Civil Veterinary Department. Central Provinces & Berar 1932-41 - 1932-1941
Year: 1932
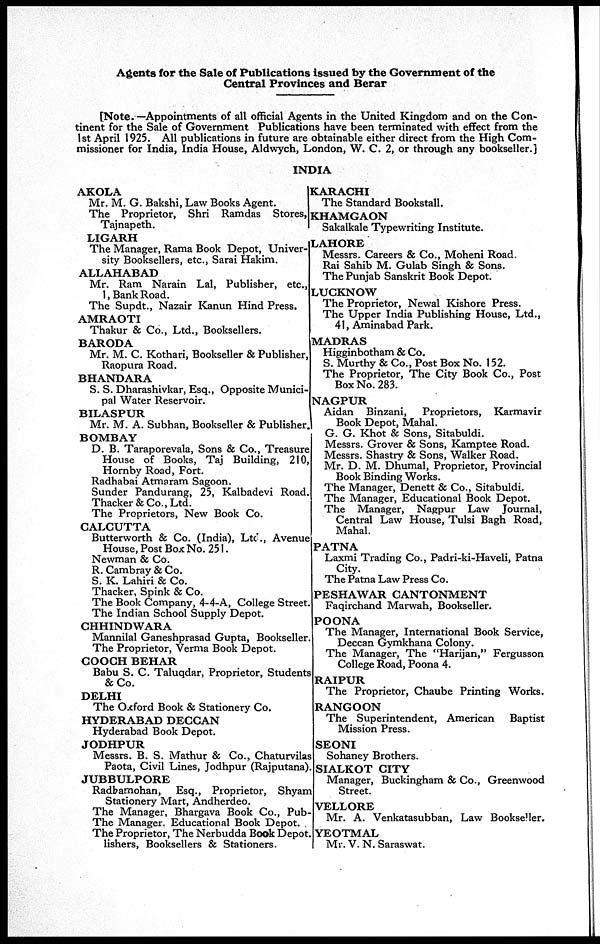
Agents for the Sale of Publications issued by the Government of the
Central Provinces and Berar
[Note.—Appointments of all official Agents in the United Kingdom and on the Con-
tinent for the Sale of Government Publications have been terminated with effect from the
1st April 1925. All publications in future are obtainable either direct from the High Com-
missioner for India, India House, Aldwych, London, W. C. 2, or through any bookseller.]
INDIA
AKOLA
Mr. M. G. Bakshi, Law Books Agent.
The Proprietor, Shri Ramdas Stores,
Tajnapeth.
LIGARH
The Manager, Rama Book Depôt, Univer¬
sity Booksellers, etc., Sarai Hakim.
ALLAHABAD
Mr. Ram Narain Lal, Publisher, etc.
1, Bank Road.
The Supdt., Nazair Kanun Hind Press.
AMRAOTI
Thakur & Co., Ltd., Booksellers.
BARODA
Mr. M. C. Kothari, Bookseller & Publisher,
Raopura Road.
BHANDARA
S. S. Dharashivkar, Esq., Opposite Munici-
pal Water Reservoir.
BILASPUR
Mr. M. A. Subhan, Bookseller & Publisher.
BOMBAY
D. B. Taraporevala, Sons & Co., Treasure
House of Books, Taj Building, 210,
Hornby Road, Fort.
Radhabai Atmaram Sagoon.
Sunder Pandurang, 25, Kalbadevi Road.
Thacker & Co., Ltd.
The Proprietors, New Book Co.
CALCUTTA
Butterworth & Co. (India), Ltd., Avenue
House, Post Box No. 251.
Newman & Co.
R. Cambray & Co.
S. K. Lahiri & Co.
Thacker, Spink & Co.
The Book Company, 4-4-A, College Street.
The Indian School Supply Depot.
CHHINDWARA
Mannilal Ganeshprasad Gupta, Bookseller.
The Proprietor, Verma Book Depot.
COOCH BEHAR
Babu S. C. Taluqdar, Proprietor, Students
& Co.
DELHI
The Oxford Book & Stationery Co.
HYDERABAD DECCAN
Hyderabad Book Depot.
JODHPUR
Messrs. B. S. Mathur & Co., Chaturvilas
Paota, Civil Lines, Jodhpur (Rajputana).
JUBBULPORE
Radhamohan,
Esq., Proprietor, Shyam
Stationery Mart, Andherdeo.
The Manager, Bhargava Book Co., Pub-
The Manager. Educational Book Depot.
The Proprietor, The Nerbudda Book Depot.
lishers, Booksellers & Stationers.
KARACHI
The Standard Bookstall.
KHAMGAON
Sakalkale Typewriting Institute.
LAHORE
Messrs. Careers & Co., Moheni Road.
Rai Sahib M. Gulab Singh & Sons.
The Punjab Sanskrit Book Depot.
LUCKNOW
The Proprietor, Newal Kishore Press.
The Upper India Publishing House, Ltd.,
41, Aminabad Park.
MADRAS
Higginbotham & Co.
S. Murthy & Co., Post Box No. 152.
The Proprietor, The City Book Co., Post
Box No. 283.
NAGPUR
Aidan Binzani,
Proprietors, Karmavir
Book Depot, Mahal.
G. G. Khot & Sons, Sitabuldi.
Messrs. Grover & Sons, Kamptee Road.
Messrs. Shastry & Sons, Walker Road.
Mr. D. M. Dhumal, Proprietor, Provincial
Book Binding Works.
The Manager, Denett & Co., Sitabuldi.
The Manager, Educational Book Depot.
The Manager, Nagpur Law Journal,
Central Law House, Tulsi Bagh Road,
Mahal.
PATNA
Laxmi Trading Co., Padri-ki-Haveli, Patna
City.
The Patna Law Press Co.
PESHAWAR CANTONMENT
Faqirchand Marwah, Bookseller.
POONA
The Manager, International Book Service,
Deccan Gymkhana Colony.
The Manager, The "Harijan," Fergusson
College Road, Poona 4.
RAIPUR
The Proprietor, Chaube Printing Works.
RANGOON
The Superintendent, American
Baptist
Mission Press.
SEONI
Sohaney Brothers.
SIALKOT CITY
Manager, Buckingham & Co., Greenwood
Street.
VELLORE
Mr. A. Venkatasubban, Law Bookseller.
YEOTMAL
Mr. V. N. Saraswat.